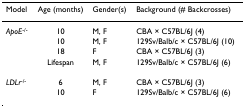
| Model | Age (months) | Gender(s) | Background (# Backcrosses) |
 | --- | --- | --- | --- |
 | ApoE-/- | 10 | M, F | CBA × C57BL/6J (4) |
 |  | 10 | M, F | 129Sv/Balb/c × C57BL/6J (10) |
 |  | 18 | F | CBA × C57BL/6J (3) |
 |  | Lifespan | M, F | 129Sv/Balb/c × C57BL/6J (6) |
 | LDLr-/- | 6 | M, F | CBA × C57BL/6J (3) |
 |  | 10 | F | 129Sv/Balb/c × C57BL/6J (6) |